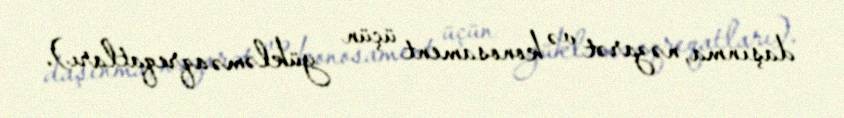
daşınma, nəzarət və konosament üçün yükləmə aqreqatları).